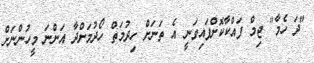
"ދަ ހެމާ" ޖިމް ފައްކާކޮށްފައިވަނީ އެ ތަނަށް ހިދުމަތް ހޯދުމަށްދާ އަންނަ މީހުންނަށް